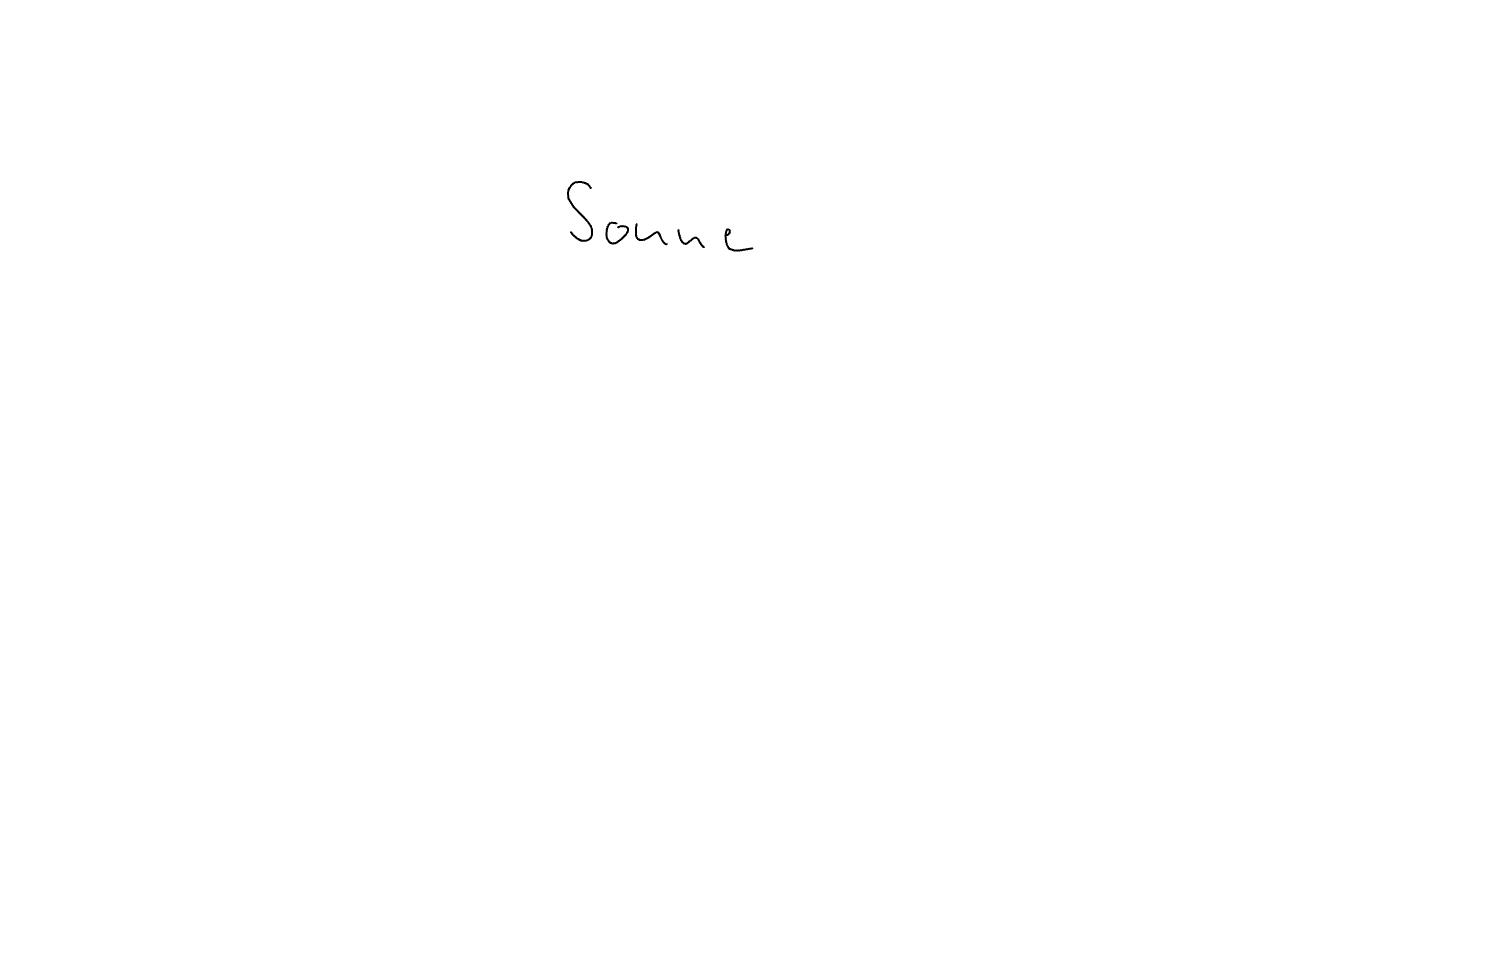
Text: Sonne